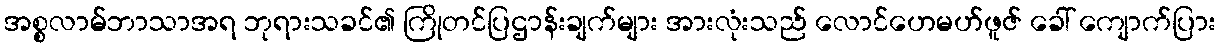
အစ္စလာမ်ဘာသာအရ ဘုရားသခင်၏ ကြိုတင်ပြဌာန်းချက်များ အားလုံးသည် လောင်ဟေမဟ်ဖူဇ် ခေါ် ကျောက်ပြား